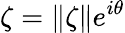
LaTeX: {\zeta=\| \zeta\| e^{i\theta}}